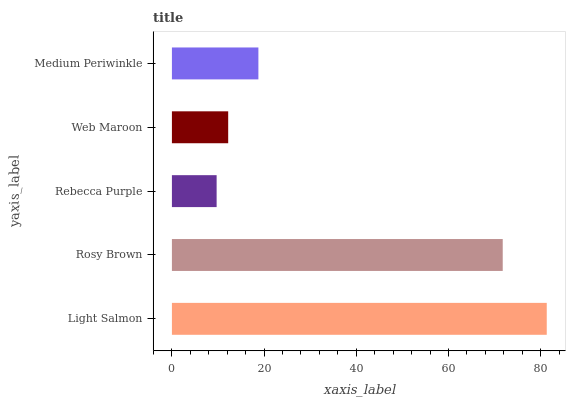
| yaxis_label | bars |
 | --- | --- |
 | Light Salmon | 81.3 |
 | Rosy Brown | 71.8 |
 | Rebecca Purple | 9.7 |
 | Web Maroon | 12.2 |
 | Medium Periwinkle | 18.8 |